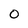
Character: 0